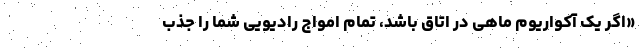
«اگر یک آکواریوم ماهی در اتاق باشد، تمام امواج رادیویی شما را جذب